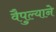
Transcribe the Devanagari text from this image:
वैपुल्याने